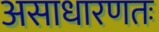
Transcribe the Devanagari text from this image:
असाधारणतः